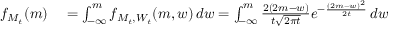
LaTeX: \begin{array} { r l } { f _ { M _ { t } } ( m ) } & { { } = \int _ { - \infty } ^ { m } f _ { M _ { t } , W _ { t } } ( m , w ) \, d w = \int _ { - \infty } ^ { m } { \frac { 2 ( 2 m - w ) } { t { \sqrt { 2 \pi t } } } } e ^ { - { \frac { ( 2 m - w ) ^ { 2 } } { 2 t } } } \, d w } \end{array}